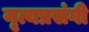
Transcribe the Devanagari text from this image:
नृत्यप्रसंगी